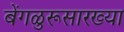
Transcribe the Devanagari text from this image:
बेंगळुरूसारख्या